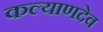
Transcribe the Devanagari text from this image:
कल्याणदेव